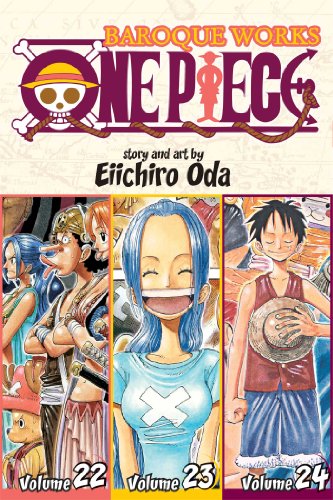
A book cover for One Piece: Baroque Works 22-23-24; Eiichiro Oda; Comics & Graphic Novels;